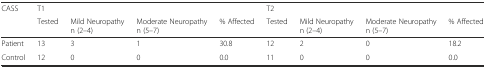
| <ROWSPAN=2> CASS | <COLSPAN=4> T1 | <COLSPAN=4> T2 |
 | Tested | Mild Neuropathy n (2–4) | Moderate Neuropathy n (5–7) | % Affected | Tested | Mild Neuropathy n (2–4) | Moderate Neuropathy n (5–7) | % Affected |
 | --- | --- | --- | --- | --- | --- | --- | --- | --- |
 | Patient | 13 | 3 | 1 | 30.8 | 12 | 2 | 0 | 18.2 |
 | Control | 12 | 0 | 0 | 0.0 | 11 | 0 | 0 | 0.0 |